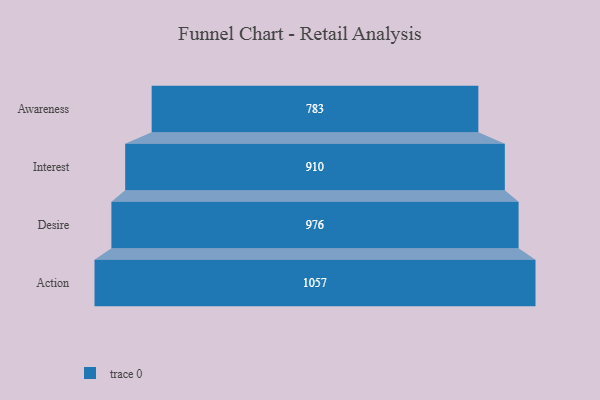
{"axis": {"x": "Stage", "y": "Value"}, "legend": [""], "data": [{"x": "Awareness", "y": 783.0, "type": ""}, {"x": "Interest", "y": 910.0, "type": ""}, {"x": "Desire", "y": 976.0, "type": ""}, {"x": "Action", "y": 1057.0, "type": ""}]}